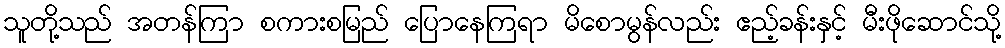
သူတို့သည် အတန်ကြာ စကားစမြည် ပြောနေကြရာ မိစောမွန်လည်း ဧည့်ခန်းနှင့် မီးဖိုဆောင်သို့